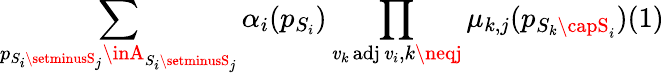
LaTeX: \sum_{p_{S_{i}\setminusS_{j}}\inA_{S_{i}\setminusS_{j}}}\alpha_{i}(p_{S_{i}})\prod_{{\mathit{v}_{k}\operatorname{adj}\mathit{v}_{i}},{k\neqj}}\mu_{k,j}(p_{S_{k}\capS_{i}})(1)